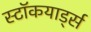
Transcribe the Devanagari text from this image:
स्टॉकयार्ड्स